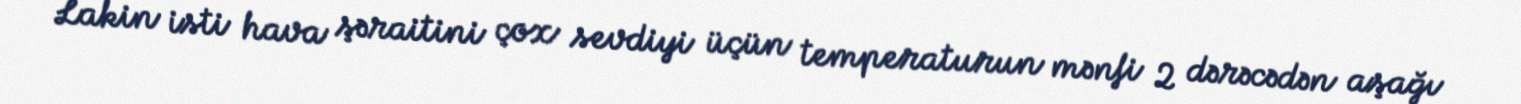
Lakin isti hava şəraitini çox sevdiyi üçün temperaturun mənfi 2 dərəcədən aşağı